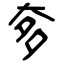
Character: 奓